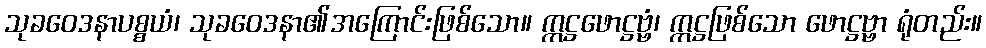
သုခဝေဒနာပစ္စယံ၊ သုခဝေဒနာ၏အကြောင်းဖြစ်သော။ ဣဋ္ဌဖောဋ္ဌဗ္ဗံ၊ ဣဋ္ဌဖြစ်သော ဖောဋ္ဌဗ္ဗာ ရုံတည်း။